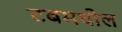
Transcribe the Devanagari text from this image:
टबमधील